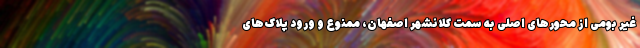
غیر بومی از محورهای اصلی به سمت کلانشهر اصفهان، ممنوع و ورود پلاک‌های